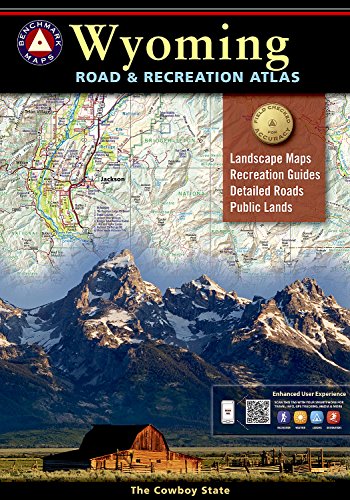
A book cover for Wyoming Road & Recreation Atlas (Benchmark Map: Wyoming Road & Recreation Atlas); Benchmark Maps; Reference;